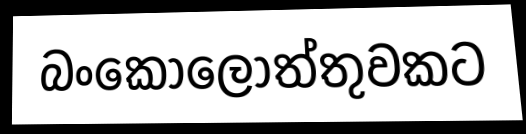
බංකොලොත්තුවකට